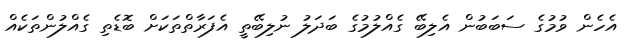
އެހެން ވުމުގެ ސަބަބުން އެލިބޭ ގެއްލުމުގެ ބަދަލު ނުލިބޭތީ އެފަރާތްތަކަށް ބޮޑެތި ގެއްލުންތަކެއް